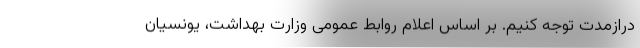
درازمدت توجه کنیم. بر اساس اعلام روابط عمومی وزارت بهداشت، یونسیان